Scottish Leaving Certificate Examination, 1957
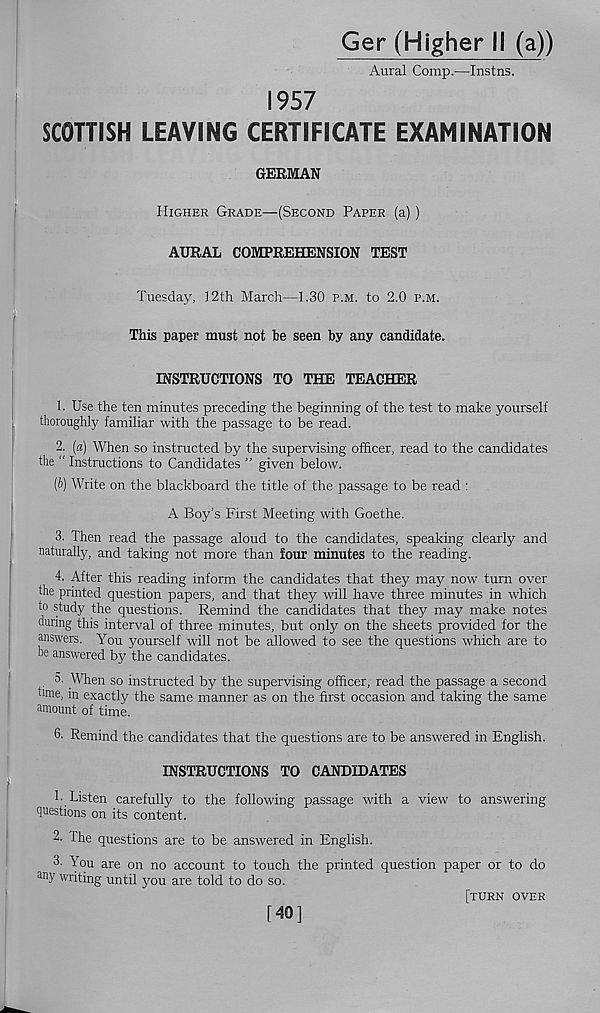
Ger (Higher II (a))
Aural Comp.—Instns.
1957
SCOTTISH LEAVING CERTIFICATE EXAMINATION
GERMAN
Higher Grade—(Second Paper (a))
AURAL COMPREHENSION TEST
Tuesday, 12th March—1.30 p.m. to 2.0 p.m.
This paper must not he seen by any candidate.
INSTRUCTIONS TO THE TEACHER
1. Use the ten minutes preceding the beginning of the test to make yourself
thoroughly familiar with the passage to be read.
2. (a) When so instructed by the supervising officer, read to the candidates
the " Instructions to Candidates ” given below.
(b) Write on the blackboard the title of the passage to be read :
A Boy’s First Meeting with Goethe.
3. Then read the passage aloud to the candidates, speaking clearly and
naturally, and taking not more than four minutes to the reading.
4. After this reading inform the candidates that they may now turn over
the printed question papers, and that they will have three minutes in which
to study the questions. Remind the candidates that they may make notes
during this interval of three minutes, but only on the sheets provided for the
answers. You yourself will not be allowed to see the questions which are to
be answered by the candidates.
5. When so instructed by the supervising officer, read the passage a second
hme, in exactly the same manner as on the first occasion and taking the same
amount of time.
6. Remind the candidates that the questions are to be answered in English.
INSTRUCTIONS TO CANDIDATES
1. Listen carefully to the following passage with a view to answering
questions on its content.
2. The questions are to be answered in English.
3- You are on no account to touch the printed question paper or to do
an y writing until you are told to do so.
[turn over